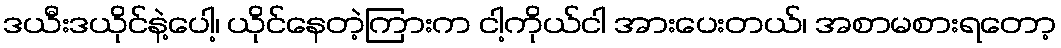
ဒယီးဒယိုင်နဲ့ပေါ့၊ ယိုင်နေတဲ့ကြားက ငါ့ကိုယ်ငါ အားပေးတယ်၊ အစာမစားရတော့